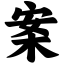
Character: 案